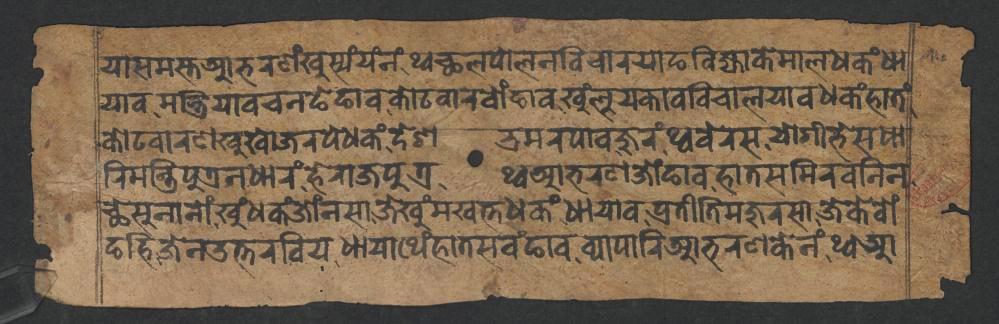
𑐫𑐵𑐳𑐩𑐳𑑂𑐟𑐁𑐨𑐬𑐞𑑄𑐏𑐸𑐳𑑂𑐫𑑄𑐫𑑄𑐣𑑄𑐠𑑂𑐰𑐕𑐮𑐥𑑀𑐮𑐣𑐰𑐶𑐔𑐵𑐬𑐫𑐵𑐒𑐧𑐶𑐖𑑂𑐫𑐵𑐎𑐾𑐩𑐵𑐮𑐢𑐎𑑄𑐢𑐵 𑐎𑑀𑐚𑐰𑐵𑐬𑐞𑐏𑐸𑐏𑑀𑐖𑐬𑐥𑐾𑐢𑐎𑑄𑐡𑐾𑐱𑐨𑑂𑐬𑐩𑐬𑐥𑐵𑐰𑐖𑐸𑐬𑑄𑐠𑑂𑐰𑐧𑐾𑐬𑐳𑐫𑑀𑐐𑐷𑐨𑐾𑐳𑐢𑐵 𑐫𑐵𑐰𑐩𑐣𑑂𑐟𑑂𑐬𑐶𑐫𑐵𑐰𑐔𑐣𑐒𑐾𑐒𑐵𑐰𑐎𑑀𑐚𑐰𑐵𑐬𑐧𑑀𑑄𑐒𑐵𑐰𑐏𑐸𑑄𑐮𑐸𑐫𑐎𑐾𑐰𑐶𑐔𑐵𑐮𑐫𑐵𑐰𑐢𑐎𑑄𑐴𑐵𑐟𑑄 𑐬𑐶𑐩𑐣𑑂𑐟𑑂𑐬𑐶𑐥𑐸𑐟𑑂𑐬𑐣𑐢𑐵𑐬𑑄𑐴𑐾𑐬𑐵𑐖𑐥𑐸𑐟𑑂𑐬𑐠𑑂𑐰𑐁𑐨𑐬𑐞𑐖𑑀𑑄𑐒𑐵𑐰𑐴𑐵𑐟𑐳𑐩𑐶𑐬𑐰𑐣𑐶𑐣 𑐕𑐾𑐳𑐸𑐣𑐵𑐣𑑀𑑄𑐏𑐸𑑄𑐢𑐎𑑄𑐖𑑀𑑄𑐣𑐳𑐵𑐖𑐾𑐏𑐸𑑄𑐩𑐏𑐟𑑂𑐟𑐢𑐎𑑄𑐢𑐵𑐫𑐵𑐰𑐥𑑂𑐬𑐟𑐷𑐟𑐶𑐩𑐖𑐸𑐬𑐳𑐵𑐖𑐾𑐎𑐾𑐧𑑀𑑄 𑐒𑐴𑐶𑐖𑐾𑐣𑑁𑐟𑑂𑐟𑐬𑐧𑐶𑐫𑐢𑐵𑐫𑐵𑐠𑐾𑑄𑐴𑐵𑐟𑐳𑐰𑑄𑐒𑐵𑐰𑐰𑑂𑐫𑐵𑐥𑐵𑐬𑐶𑐁𑐨𑐬𑐞𑐎𑐾𑐣𑑄𑐠𑑂𑐰𑐁